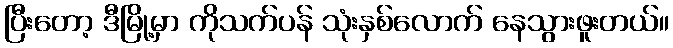
ပြီးတော့ ဒီမြို့မှာ ကိုသက်ပန် သုံးနှစ်လောက် နေသွားဖူးတယ်။